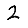
Digit: 2